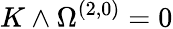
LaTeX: K\wedge\Omega^{(2,0)}=0